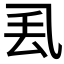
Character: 𫡧